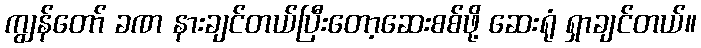
ကျွန်တော် ခဏ နားချင်တယ်ပြီးတော့ဆေးစစ်ဖို့ ဆေးရုံ ရှာချင်တယ်။